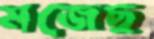
মজেছ